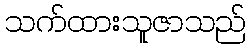
သက်ထားသူဇာသည်